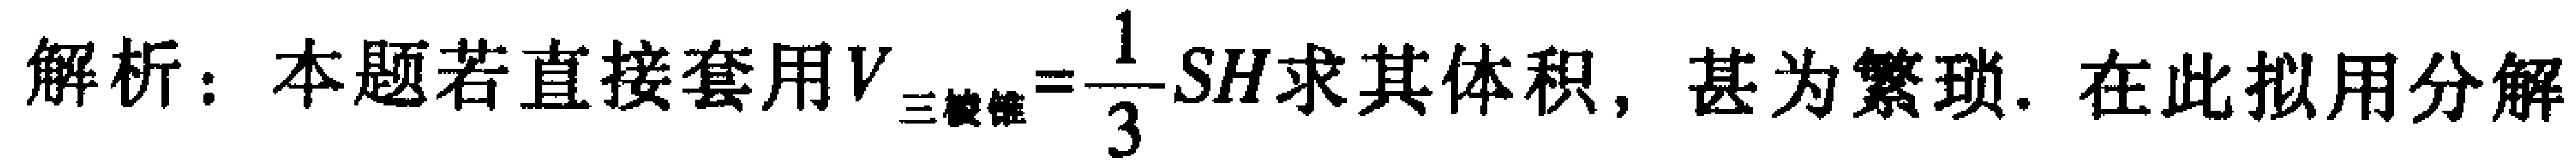
解析：本题若直接套用$V_{三棱锥}=\frac{1}{3}SH$求其体积，甚为繁琐. 在此拟用分解